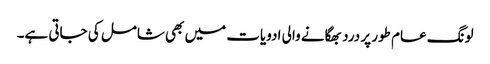
لونگ عام طور پر درد بھگانے والی ادویات میں بھی شامل کی جاتی ہے۔